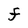
Character: F